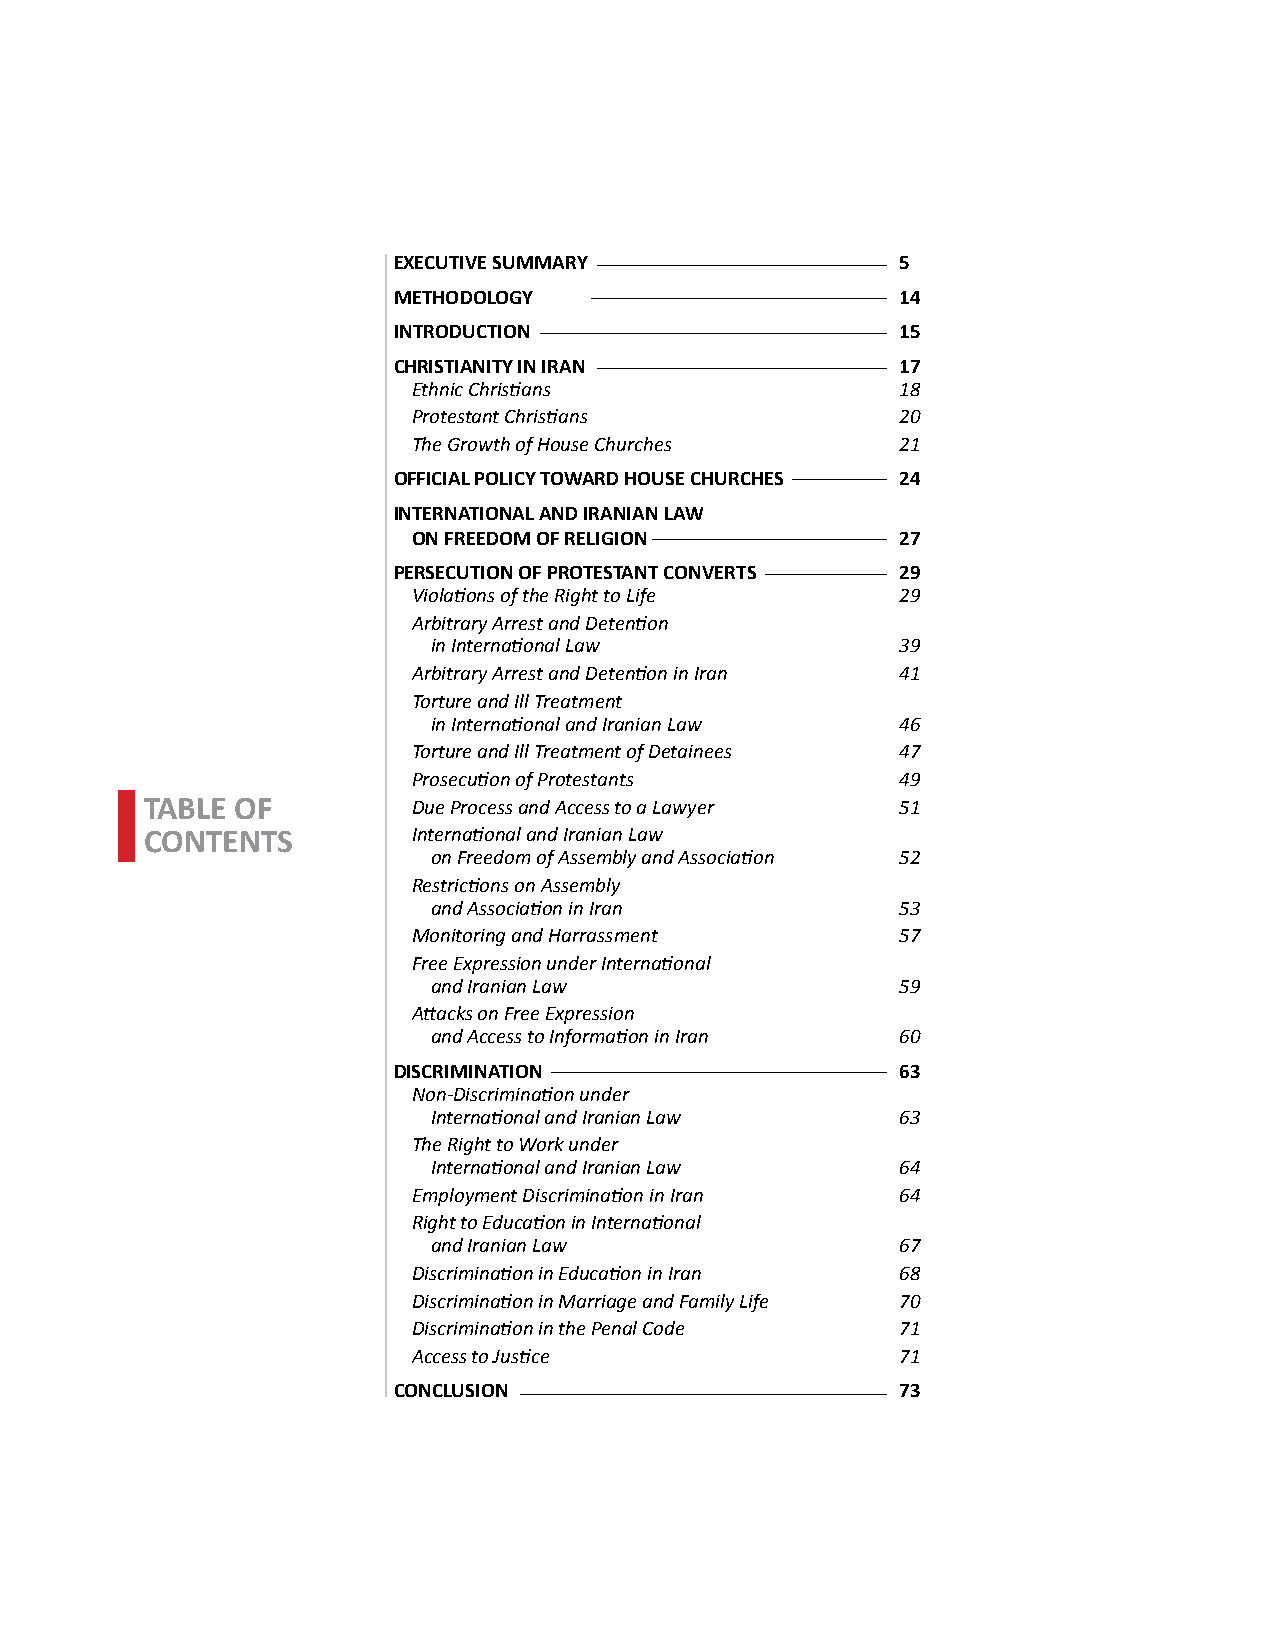
EXECUTIVE SUMMARY                 5
 METHODOLOGY                       14
 INTRODUCTION                      15
 CHRISTIANITY IN IRAN              17
 Ethnic Christians                18
 Protestant Christians            20
 The Growth of House Churches     21
 OFFICIAL POLICY TOWARD HOUSE CHURCHES 24
 INTERNATIONAL AND IRANIAN LAW
 ON FREEDOM OF RELIGION           27
 PERSECUTION OF PROTESTANT CONVERTS 29
 Violations of the Right to Life  29
 Arbitrary Arrest and Detention
 in International Law           39
 Arbitrary Arrest and Detention in Iran 41
 Torture and Ill Treatment
 in International and Iranian Law 46
 Torture and Ill Treatment of Detainees 47
 Prosecution of Protestants       49
 TABLE OF         Due Process and Access to a Lawyer 51
 CONTENTS         International and Iranian Law
 on Freedom of Assembly and Association 52
 Restrictions on Assembly
 and Association in Iran        53
 Monitoring and Harrassment       57
 Free Expression under International
 and Iranian Law                59
 Attacks on Free Expression
 and Access to Information in Iran 60
 DISCRIMINATION                    63
 Non-Discrimination under
 International and Iranian Law  63
 The Right to Work under
 International and Iranian Law  64
 Employment Discrimination in Iran 64
 Right to Education in International
 and Iranian Law                67
 Discrimination in Education in Iran 68
 Discrimination in Marriage and Family Life 70
 Discrimination in the Penal Code 71
 Access to Justice                71
 CONCLUSION                        73